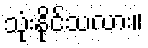
သုံးနိုင်သလား။